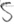
Text: S